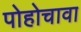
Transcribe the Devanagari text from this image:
पोहोचावा